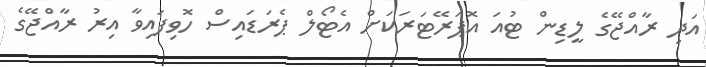
އަދި ރާއްޖޭގެ ލީޑިން ޓުއަ އޮޕަރޭޓަރަކަށް އެޓޯލް ޕެރަޑައިސް ހޮވިފައިވާ އިރު ރާއްޖޭގެ